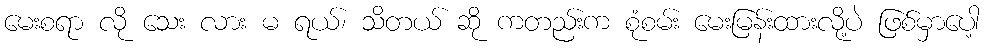
မေးစရာ လို သေး လား မ ရယ်၊ သိတယ် ဆို ကတည်းက စုံစမ်း မေးမြန်းထားလို့ပဲ ဖြစ်မှာပေါ့